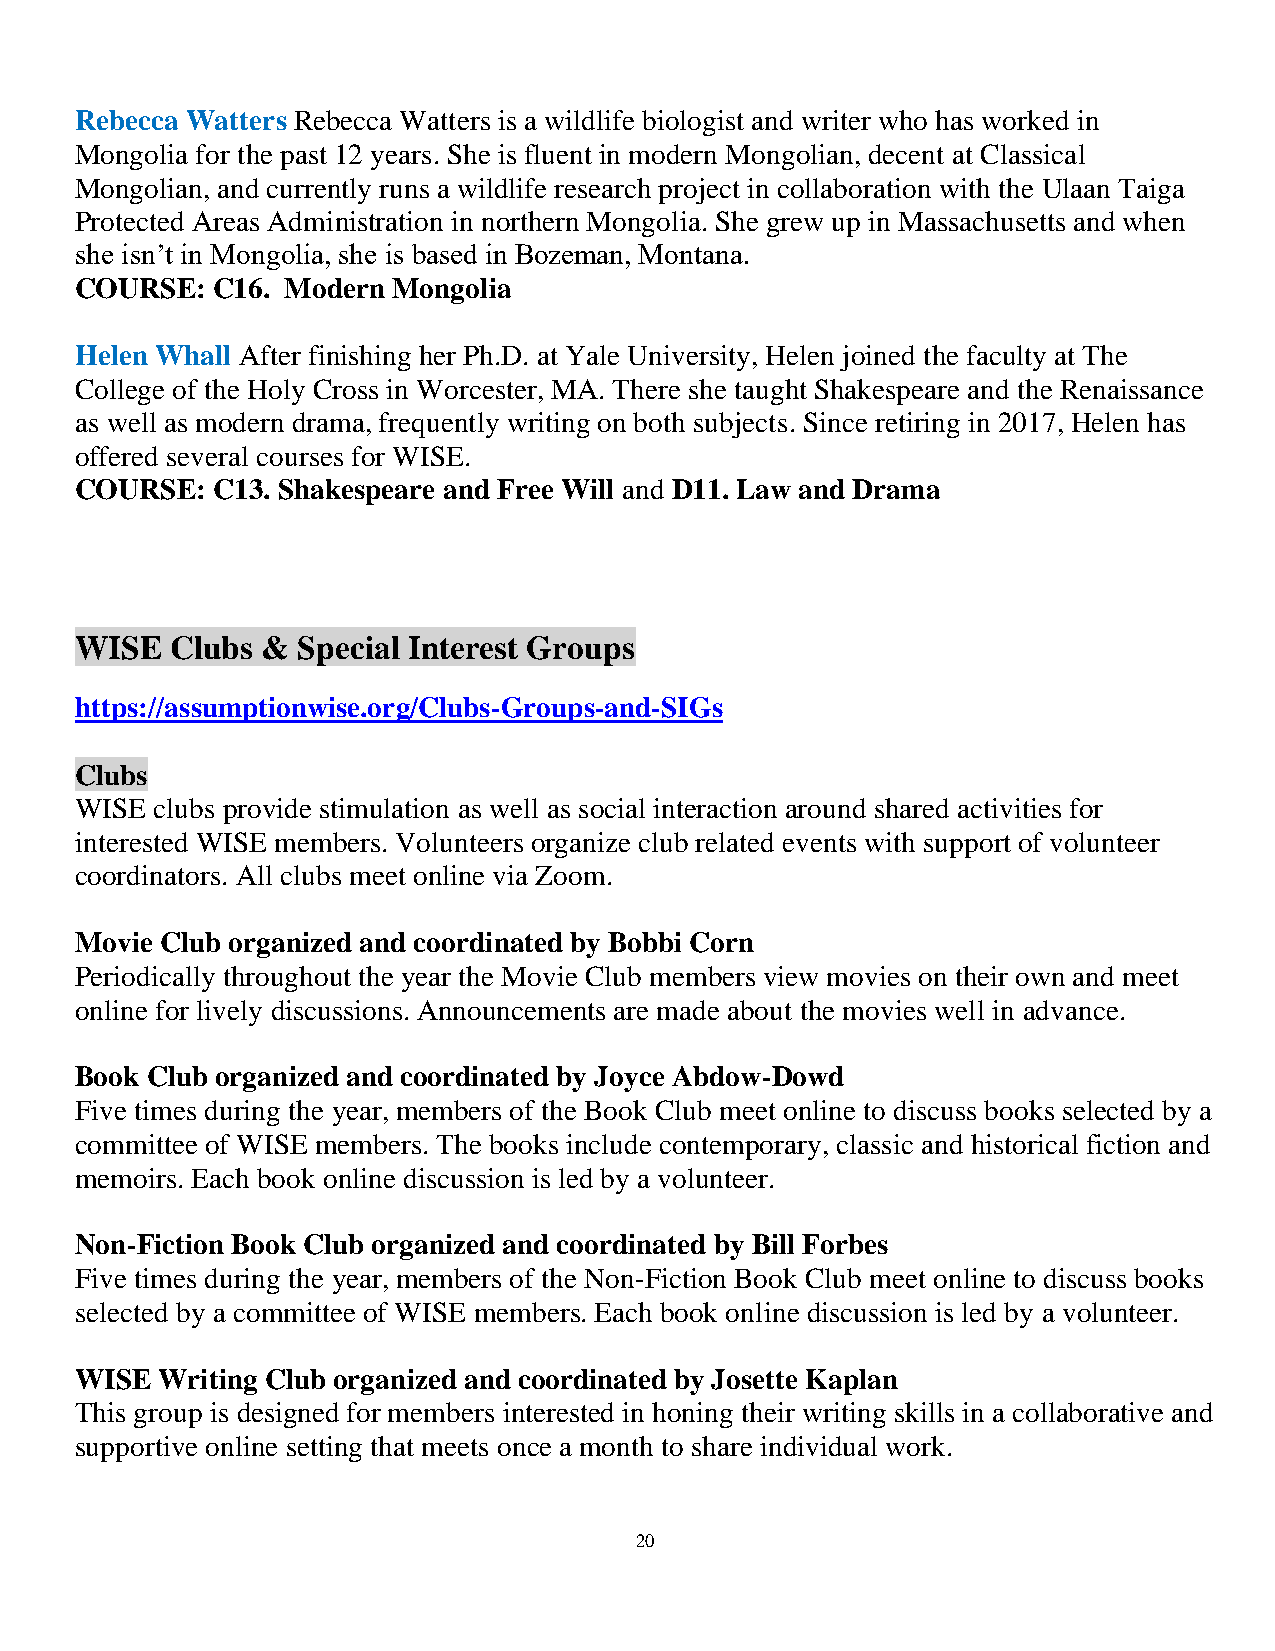
Rebecca Watters Rebecca Watters is a wildlife biologist and writer who has worked in
 Mongolia for the past 12 years. She is fluent in modern Mongolian, decent at Classical
 Mongolian, and currently runs a wildlife research project in collaboration with the Ulaan Taiga
 Protected Areas Administration in northern Mongolia. She grew up in Massachusetts and when
 she isn’t in Mongolia, she is based in Bozeman, Montana.
 COURSE:  C16. Modern Mongolia
 Helen Whall After finishing her Ph.D. at Yale University, Helen joined the faculty at The
 College of the Holy Cross in Worcester, MA. There she taught Shakespeare and the Renaissance
 as well as modern drama, frequently writing on both subjects. Since retiring in 2017, Helen has
 offered several courses for WISE.
 COURSE:  C13. Shakespeare and Free Will and D11. Law and Drama
 WISE  Clubs &  Special Interest Groups
 https://assumptionwise.org/Clubs-Groups-and-SIGs
 Clubs
 WISE clubs provide stimulation as well as social interaction around shared activities for
 interested WISE members. Volunteers organize club related events with support of volunteer
 coordinators. All clubs meet online via Zoom.
 Movie Club organized and coordinated by Bobbi Corn
 Periodically throughout the year the Movie Club members view movies on their own and meet
 online for lively discussions. Announcements are made about the movies well in advance.
 Book Club organized and coordinated by Joyce Abdow-Dowd
 Five times during the year, members of the Book Club meet online to discuss books selected by a
 committee of WISE members. The books include contemporary, classic and historical fiction and
 memoirs. Each book online discussion is led by a volunteer.
 Non-Fiction Book Club organized and coordinated by Bill Forbes
 Five times during the year, members of the Non-Fiction Book Club meet online to discuss books
 selected by a committee of WISE members. Each book online discussion is led by a volunteer.
 WISE Writing Club organized and coordinated by Josette Kaplan
 This group is designed for members interested in honing their writing skills in a collaborative and
 supportive online setting that meets once a month to share individual work.
 20